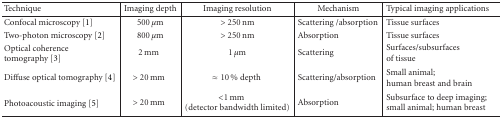
<table><thead><tr><td><b>Technique</b></td><td><b>Imaging depth</b></td><td><b>Imaging resolution</b></td><td><b>Mechanism</b></td><td><b>Typical imaging applications</b></td></tr></thead><tbody><tr><td>Confocal microscopy [1]</td><td>500 <i>μ</i>m</td><td>&gt; 250 nm</td><td>Scattering / absorption</td><td>Tissue surfaces</td></tr><tr><td>Two-photon microscopy [2]</td><td>800 <i>μ</i>m</td><td>&gt; 250 nm</td><td>Absorption</td><td>Tissue surfaces</td></tr><tr><td>Optical coherence tomography [3]</td><td>2 mm</td><td>1 <i>μ</i>m</td><td>Scattering</td><td>Surfaces/subsurfaces of tissue</td></tr><tr><td>Diffuse optical tomography [4]</td><td>&gt; 20 mm</td><td><i>≈</i> 10 % depth</td><td>Scattering/absorption</td><td>Small animal;human breast and brain</td></tr><tr><td>Photoacoustic imaging [5]</td><td>&gt; 20 mm</td><td><i>&lt;</i> 1 mm(detector bandwidth limited)</td><td>Absorption</td><td>Subsurface to deep imaging;small animal; human breast</td></tr></tbody></table>